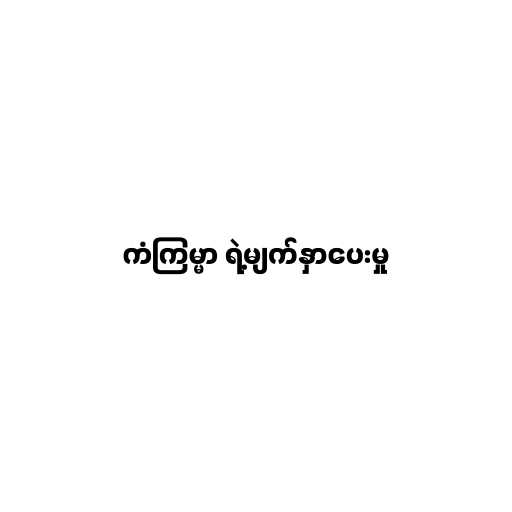
ကံကြမ္မာ ရဲ့မျက်နှာပေးမှု